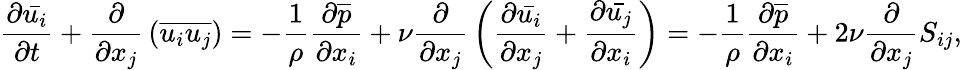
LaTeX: {\frac{\partial{\bar{u_{i}}}}{\partial t}}+{\frac{\partial}{\partial x_{j}}}\left({\overline{{u_{i}u_{j}}}}\right)=-{\frac{1}{\rho}}{\frac{\partial{\overline{{p}}}}{\partial x_{i}}}+\nu{\frac{\partial}{\partial x_{j}}}\left({\frac{\partial{\bar{u_{i}}}}{\partial x_{j}}}+{\frac{\partial{\bar{u_{j}}}}{\partial x_{i}}}\right)=-{\frac{1}{\rho}}{\frac{\partial{\overline{{p}}}}{\partial x_{i}}}+2\nu{\frac{\partial}{\partial x_{j}}}S_{ij},